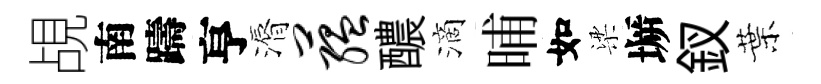
覘南躊亨漘蕴醲滴晡如梁󶱲釵葉